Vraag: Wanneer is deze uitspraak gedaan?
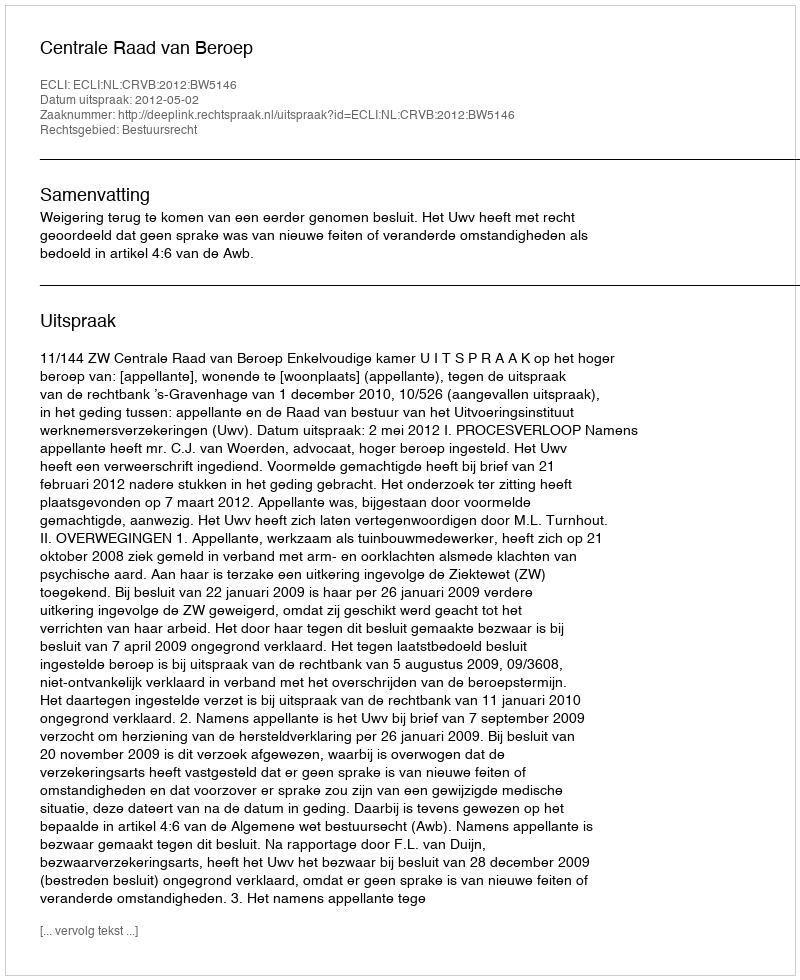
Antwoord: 2012-05-02